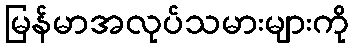
မြန်မာအလုပ်သမားများကို